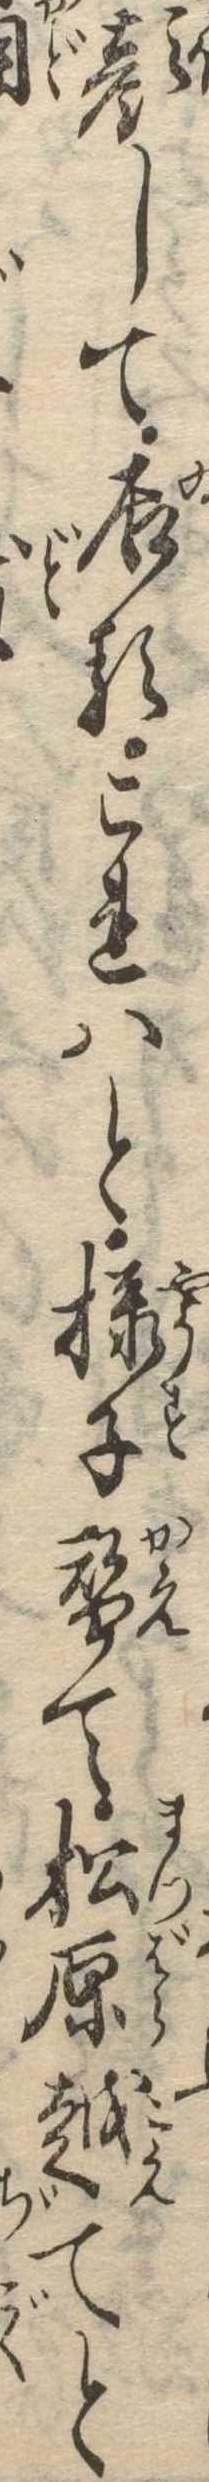
顔して居るこれはと様子替て松原越てと